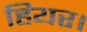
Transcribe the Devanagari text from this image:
हियर।